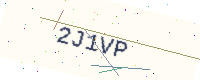
Text: 2J1VP